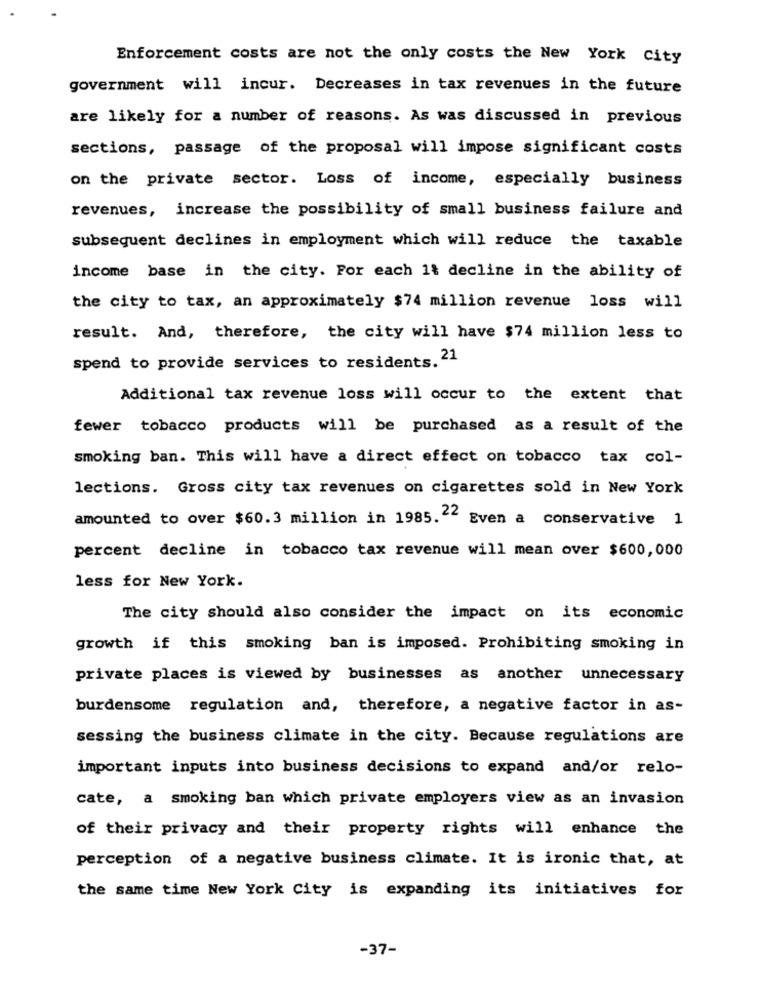
Enforcement costs are not the only costs the New York City
government will incur. Decreases in tax revenues in the future
are likely for a number of reasons. As was discussed in previous
sections, passage of the proposal will impose significant costs
on the private sector. Loss of income, especially business
revenues, increase the possibility of small business failure and
subsequent declines in employment which will reduce the taxable
income base in the city. For each 1% decline in the ability of
the city to tax, an approximately $74 million revenue loss will
result. And, therefore, the city will have $74 million less to
spend to provide services to residents. 21
Additional tax revenue loss will occur to the extent that
fewer tobacco products will be purchased as a result of the
smoking ban. This will have a direct effect on tobacco tax col-
lections. Gross city tax revenues on cigarettes sold in New York
amounted to over $60.3 million in 1985."" Even a conservative 1
percent decline in tobacco tax revenue will mean over $600,000
less for New York.
The city should also consider the impact on its economic
growth if this smoking ban is imposed. Prohibiting smoking in
private places is viewed by businesses as another unnecessary
burdensome regulation and, therefore, a negative factor in as-
sessing the business climate in the city. Because regulations are
important inputs into business decisions to expand and/or relo-
cate, a smoking ban which private employers view as an invasion
of their privacy and their property rights will enhance the
perception of a negative business climate. It is ironic that, at
the same time New York City is expanding its initiatives for
-37-